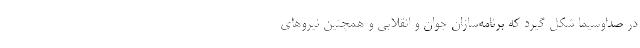
در صداوسیما شکل گیرد که برنامه‌سازان جوان و انقلابی و همچنین نیروهای